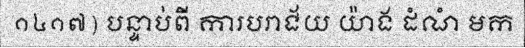
១៤១៧) បន្ទាប់ពី ការបរាជ័យ យ៉ាង ដំណំ មក